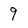
Character: 9